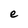
Character: e